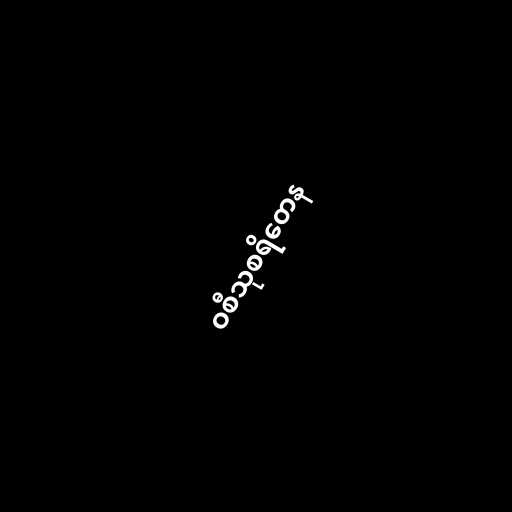
ဝစီသုစရိတေန